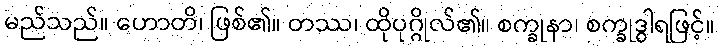
မည်သည်။ ဟောတိ၊ ဖြစ်၏။ တဿ၊ ထိုပုဂ္ဂိုလ်၏။ စက္ခုနာ၊ စက္ခုဒွါရဖြင့်။